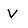
Character: V